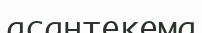
асантекема